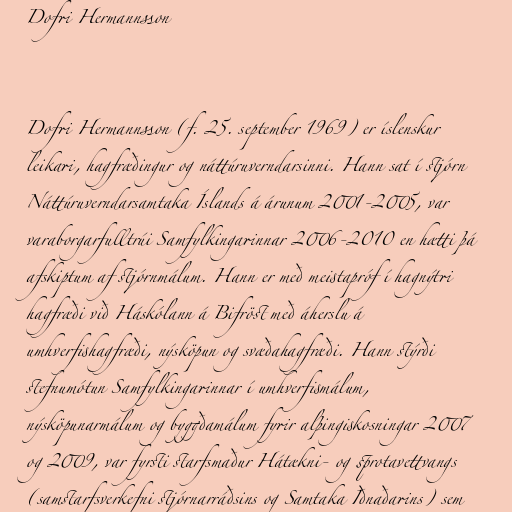
Dofri Hermannsson

Dofri Hermannsson (f. 25. september 1969) er íslenskur
leikari, hagfræðingur og náttúruverndarsinni. Hann sat í stjórn
Náttúruverndarsamtaka Íslands á árunum 2001-2005, var
varaborgarfulltrúi Samfylkingarinnar 2006-2010 en hætti þá
afskiptum af stjórnmálum. Hann er með meistapróf í hagnýtri
hagfræði við Háskólann á Bifröst með áherslu á
umhverfishagfræði, nýsköpun og svæðahagfræði. Hann stýrði
stefnumótun Samfylkingarinnar í umhverfismálum,
nýsköpunarmálum og byggðamálum fyrir alþingiskosningar 2007
og 2009, var fyrsti starfsmaður Hátækni- og sprotavettvangs
(samstarfsverkefni stjórnarráðsins og Samtaka Iðnaðarins) sem